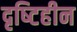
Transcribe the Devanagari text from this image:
दृष्‍टिहीन